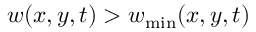
w ( x , y , t ) > w _ { \mathrm { m i n } } ( x , y , t )